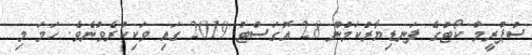
ސުޕްރީމް ކޯޓުގެ ފަނޑިޔާރުކަމުން 28 އޮގަސްޓު 2019 ގައި ވަކިކުރެވުނެވެ. ހަމަ މި